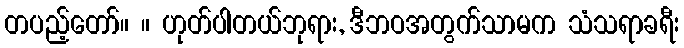
တပည့်တော်။ ။ ဟုတ်ပါတယ်ဘုရား, ဒီဘဝအတွက်သာမက သံသရာခရီး